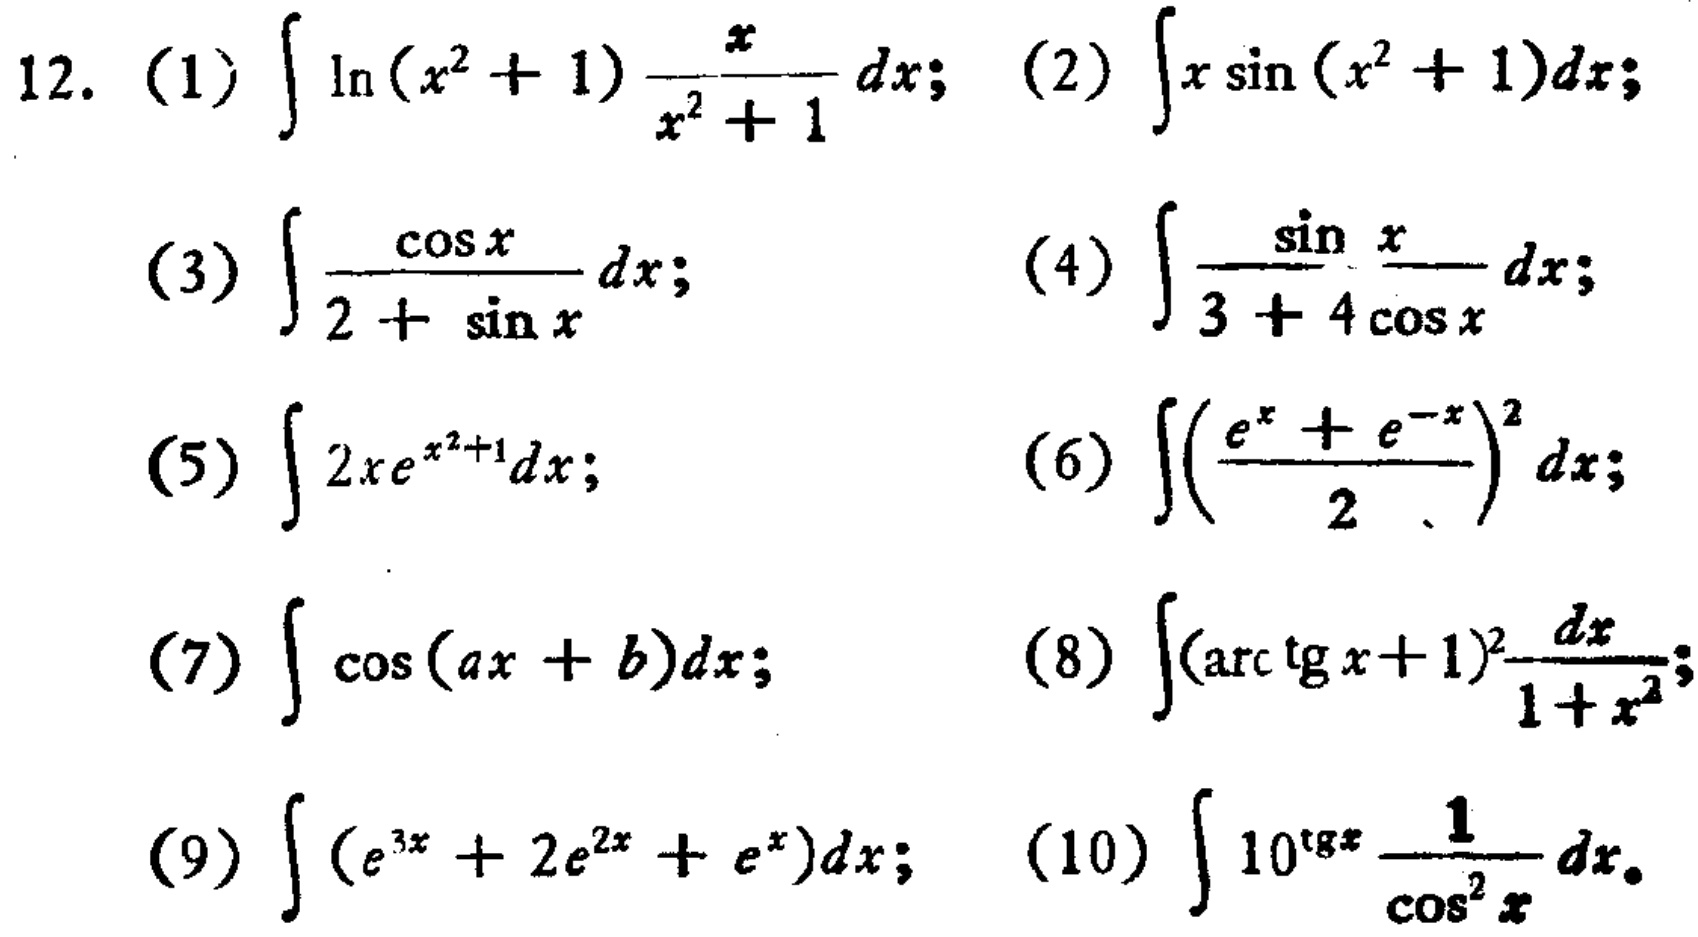
12.
(1) \(\int\ln(x^{2}+1)\frac{x}{x^{2}+1}dx\);
(2) \(\int x\sin(x^{2}+1)dx\);
(3) \(\int\frac{\cos x}{2 + \sin x}dx\);
(4) \(\int\frac{\sin x}{3 + 4\cos x}dx\);
(5) \(\int 2xe^{x^{2}+1}dx\);
(6) \(\int(\frac{e^{x}+e^{-x}}{2})^{2}dx\);
(7) \(\int\cos(ax + b)dx\);
(8) \(\int(\arctan x + 1)^{2}\frac{dx}{1 + x^{2}}\);
(9) \(\int(e^{3x}+2e^{2x}+e^{x})dx\);
(10) \(\int 10^{\tan x}\frac{1}{\cos^{2}x}dx\)